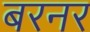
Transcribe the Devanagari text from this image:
बरनर